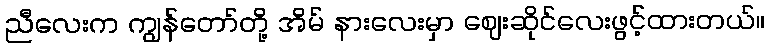
ညီလေးက ကျွန်တော်တို့ အိမ် နားလေးမှာ ဈေးဆိုင်လေးဖွင့်ထားတယ်။